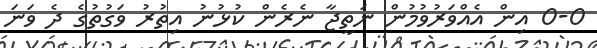
0-0 އިން އެއްވަރުވުމުން ނަތީޖާ ނެރެން ކުޅުނު އިތުރު ވަގުތުގެ ދެ ވަނަ